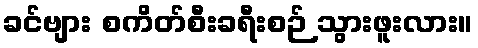
ခင်ဗျား စကိတ်စီးခရီးစဉ် သွားဖူးလား။